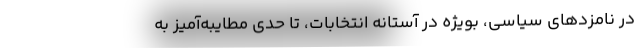
در نامزدهای سیاسی، بویژه در آستانه انتخابات، تا حدی مطایبه‌آمیز به